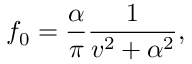
f _ { 0 } = \frac { \alpha } { \pi } \frac { 1 } { v ^ { 2 } + \alpha ^ { 2 } } ,